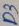
Text: D3